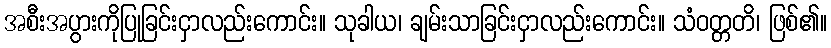
အစီးအပွားကိုပြုခြင်းငှာလည်းကောင်း။ သုခါယ၊ ချမ်းသာခြင်းငှာလည်းကောင်း။ သံဝတ္တတိ၊ ဖြစ်၏။